EELK_Tartu_Peetri_kogudus_(kirikutahed), lk 69
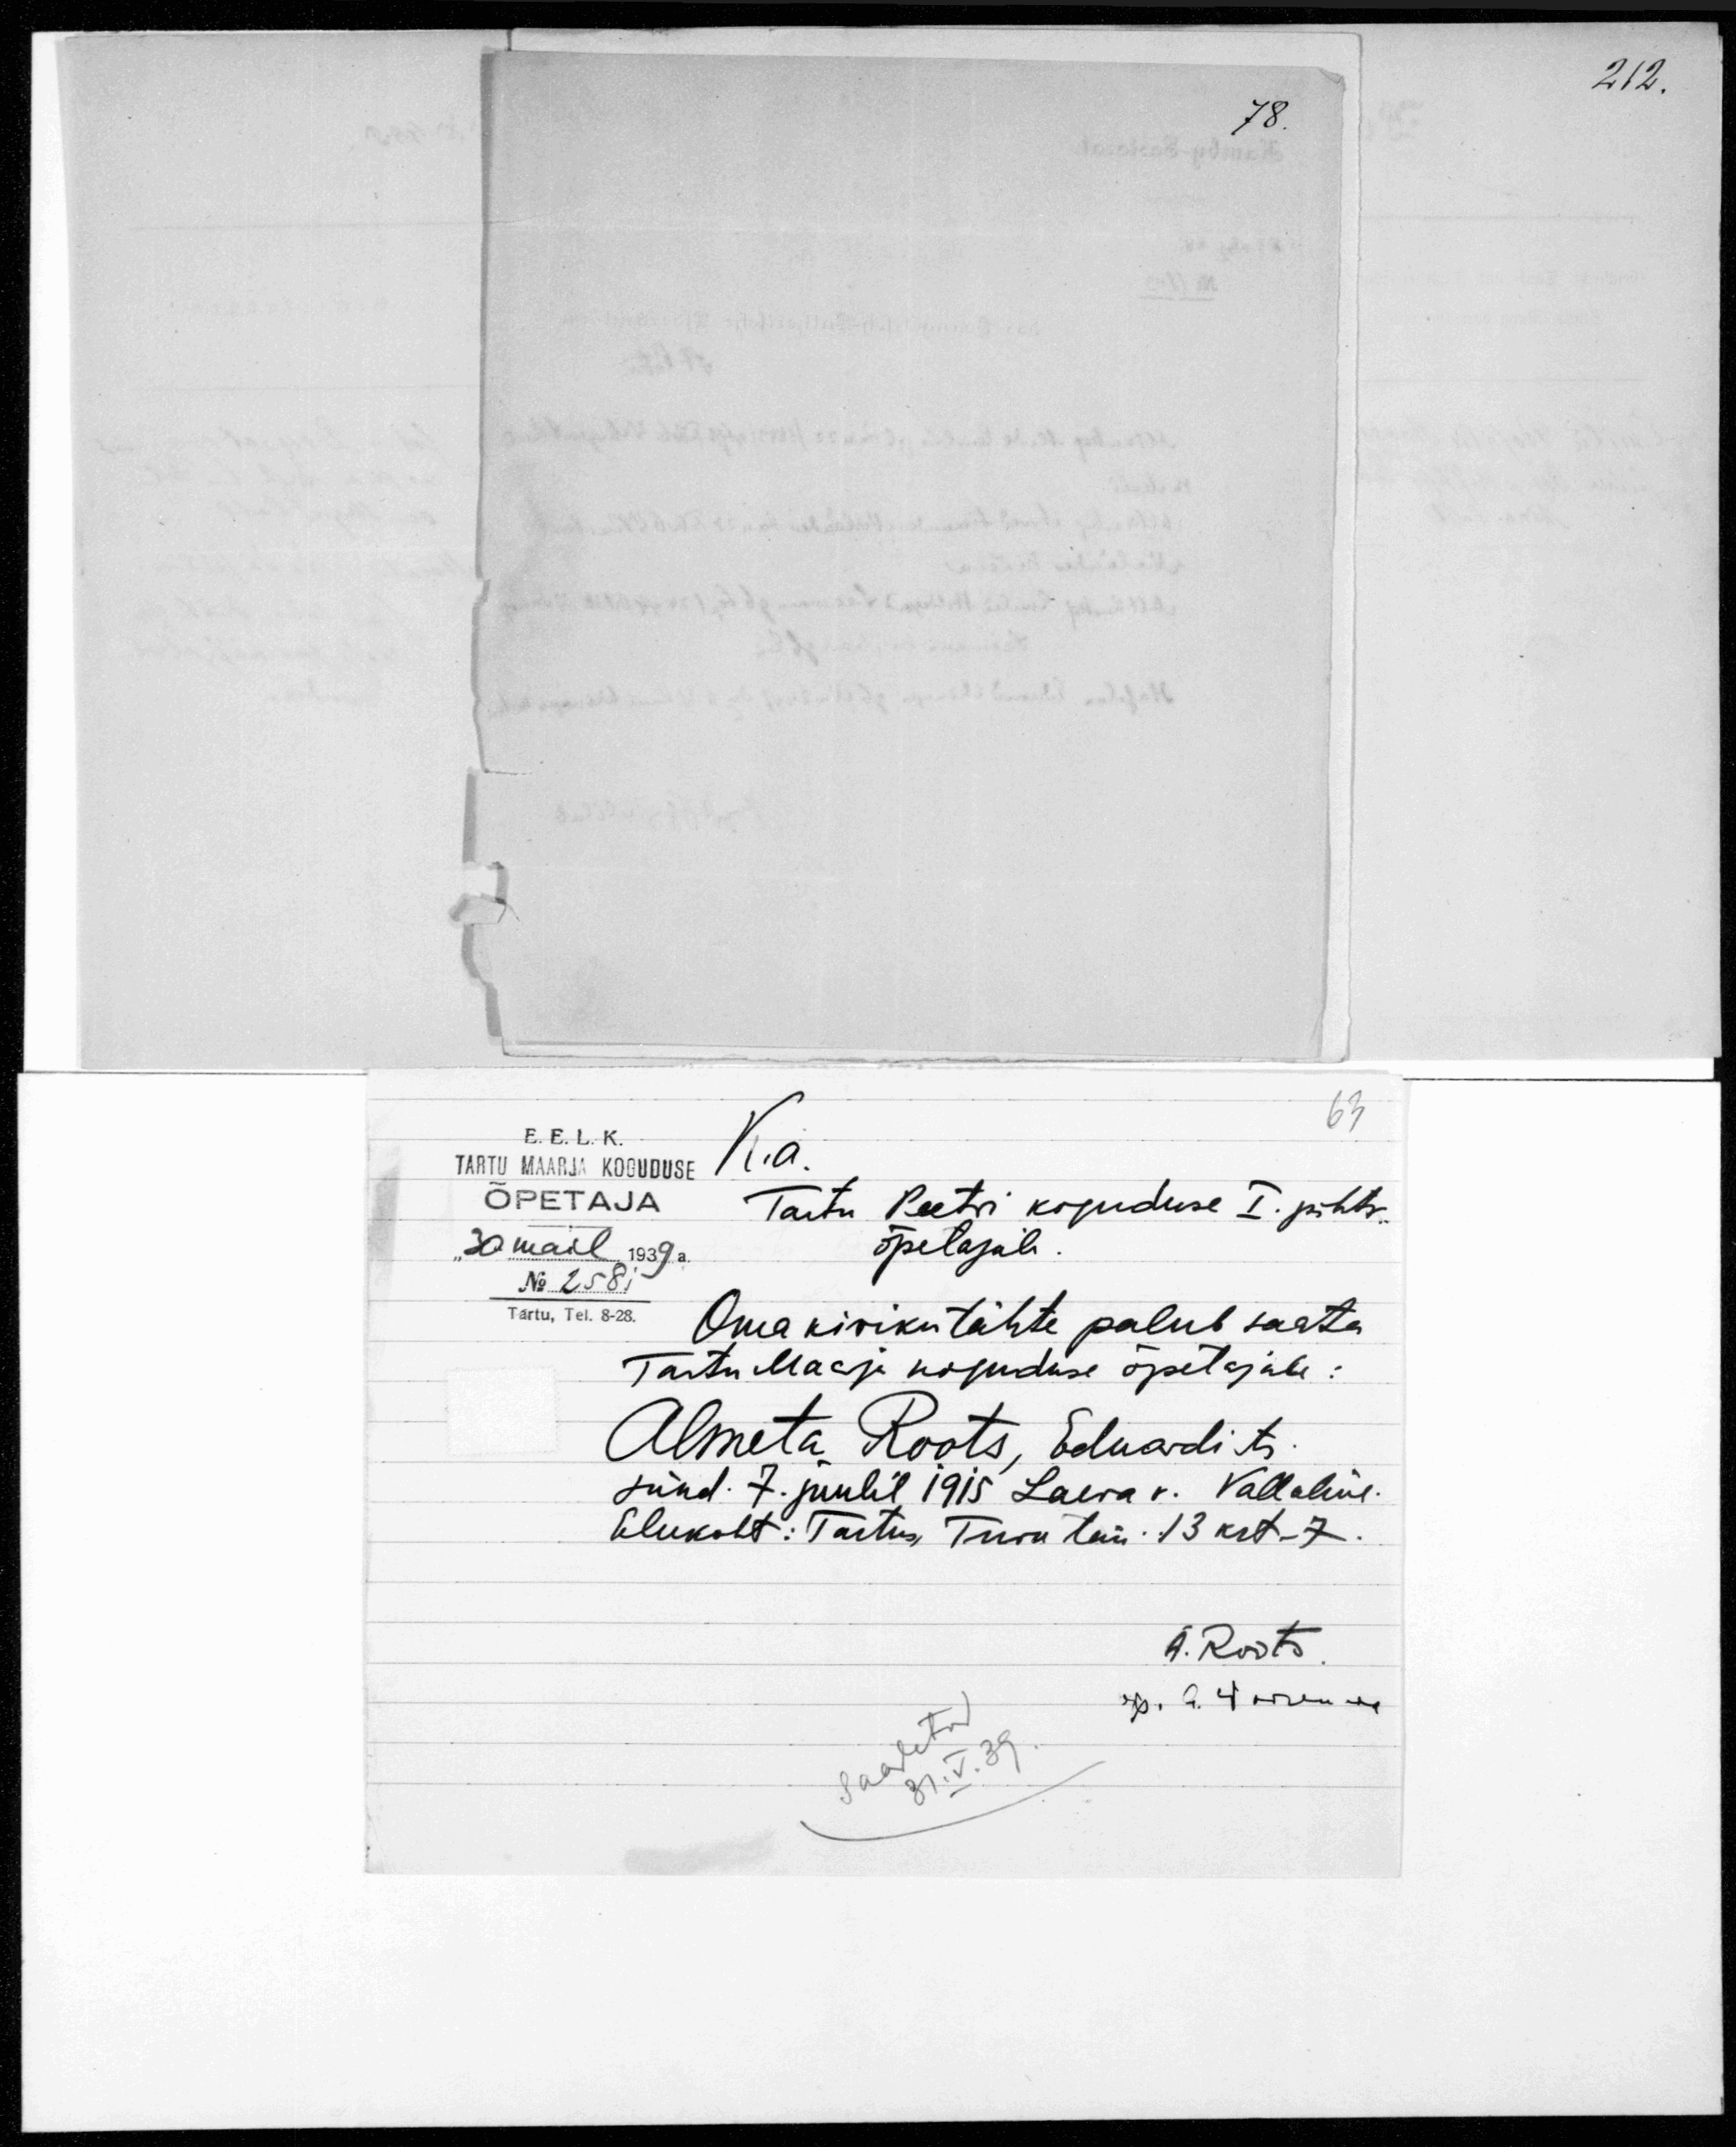
E. E. L. K.
TARTU MAARJA KOGUDUSE
K.a.
ÕPETAJA
Tartu Peetri koguduse I. pihtk.
õpetajale.
"30" mail 1939a.
No 2581
Tartu, Tel. 8-28.
Oma kiriku tähte palub saata
Tartu Maarja koguduse õpetajale:
Almeta Roots, Eduardi tr.
sünd. 7. juulil 1915 Laeva v. Vallaline.
Elukoht: Tartus, Turu tän. 13 krt -7.
A. Roots

212.